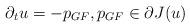
LaTeX: \begin{align*}\partial_t u = - p_{GF}, p_{GF} \in \partial J(u)\end{align*}